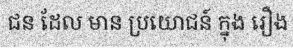
ជន ដែល មាន ប្រយោជន៍ ក្នុង រឿង